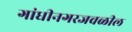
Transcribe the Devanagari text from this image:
गांधीनगरजवळील